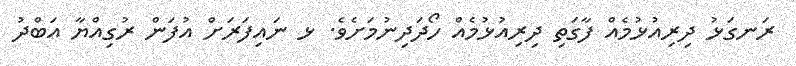
ރަނގަޅު ދިރިއުޅުމެއް ފާގަތި ދިރިއުޅުމެއް ހޯދަދިނުމަށެވެ. ޅ ނައިފަރަށް އުފަން ރުގިއްޔާ އަބްދު